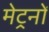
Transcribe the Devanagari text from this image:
मेट्रनों